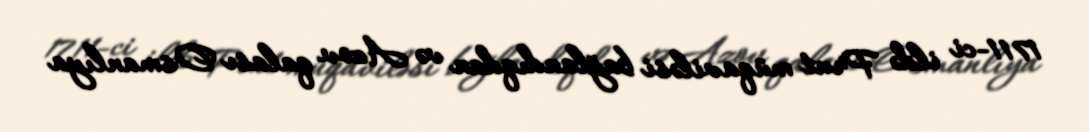
1711-ci ildə Prut müqaviləsi bağlandıqdan və Azov qalası Osmanlıya